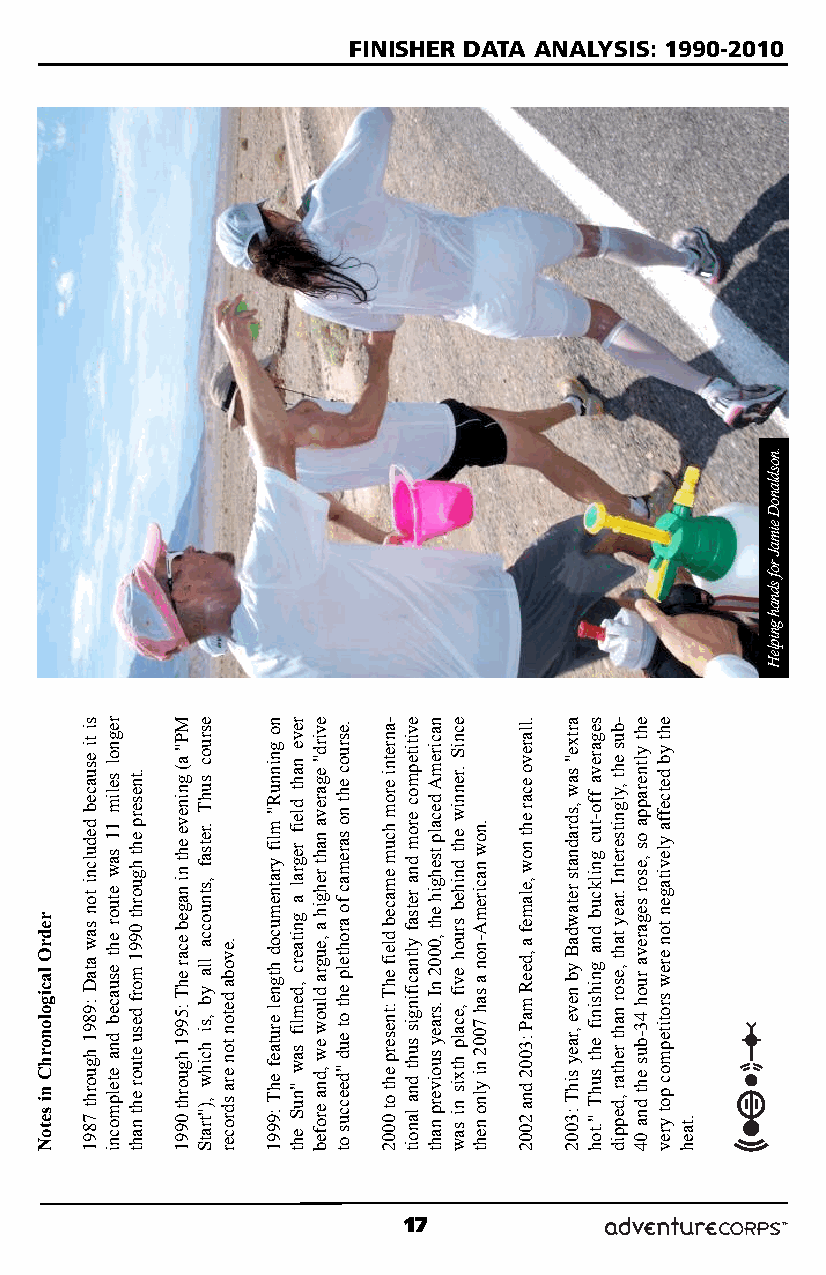
FINISHER DATA ANALYSIS: 1990-2010
 17
 redrO
 lacigolonorhC
 ni setoN
 si
 ti
 esuaceb
 dedulcni
 ton
 saw
 ataD :9891
 hguorht 7891
 regnol
 selim
 11
 saw
 etuor
 eht
 esuaceb
 dna etelpmocni
 .tneserp
 eht hguorht
 0991
 morf desu
 etuor eht naht
 MP"
 a(
 gnineve
 eht ni
 nageb
 ecar
 ehT :5991
 hguorht 0991
 esruoc
 suhT
 .retsaf
 ,stnuocca
 lla yb ,si
 hcihw ,)"tratS
 .evoba
 deton
 ton era sdrocer
 no
 gninnuR"
 mlif
 yratnemucod
 htgnel erutaef
 ehT :9991
 reve
 naht
 dleif
 regral
 a
 gnitaerc
 ,demlif
 saw "nuS eht
 evird"
 egareva
 naht rehgih
 a ,eugra
 dluow
 ew ,dna erofeb
 .esruoc
 eht
 no
 saremac
 fo
 arohtelp
 eht ot
 eud "deeccus ot
 -anretni
 erom
 hcum
 emaceb
 dleif
 ehT :tneserp
 eht ot 0002
 evititepmoc
 erom
 dna
 retsaf
 yltnacifingis
 suht dna lanoit
 naciremA
 decalp
 tsehgih
 eht ,0002
 nI .sraey
 suoiverp naht
 ecniS
 .renniw
 eht dniheb
 sruoh
 evif ,ecalp
 htxis ni saw
 .now
 naciremA-non
 a sah 7002
 ni ylno neht
 .llarevo
 ecar
 eht
 now
 ,elamef
 a
 ,deeR
 maP
 :3002 dna 2002
 artxe"
 saw
 ,sdradnats
 retawdaB
 yb neve
 ,raey sihT :3002
 segareva
 ffo-tuc
 gnilkcub
 dna
 gnihsinif
 eht suhT ".toh
 -bus
 eht
 ,ylgnitseretnI
 .raey
 taht
 ,esor naht
 rehtar ,deppid
 eht
 yltnerappa
 os ,esor
 segareva
 ruoh 43-bus
 eht dna 04
 eht
 yb
 detceffa
 ylevitagen
 ton
 erew
 srotitepmoc
 pot yrev .taeh
 .nosdlanoD
 eimaJ
 rof
 sdnah
 gnipleH